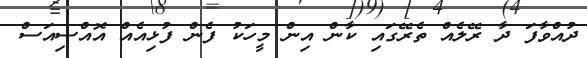
ދުއްވާފަ ދާ ރޭލެއް ތެރޭގައި ކާން އިން މީހަކު ފެން ފުޅިއެއް އޮއްސިއަސް